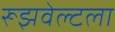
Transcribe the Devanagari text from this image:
रूझवेल्टला